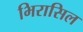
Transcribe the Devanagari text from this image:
भिरासिल